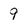
Character: 9